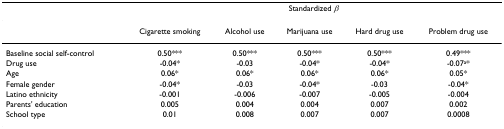
<table><thead><tr><td></td><td colspan="5"><b>Standardized <i>β</i></b></td></tr></thead><tbody><tr><td></td><td>Cigarette smoking</td><td>Alcohol use</td><td>Marijuana use</td><td>Hard drug use</td><td>Problem drug use</td></tr><tr><td>Baseline social self-control</td><td>0.50***</td><td>0.50***</td><td>0.50***</td><td>0.50***</td><td>0.49***</td></tr><tr><td>Drug use</td><td>-0.04*</td><td>-0.03</td><td>-0.04*</td><td>-0.04*</td><td>-0.07<sup>a</sup>*</td></tr><tr><td>Age</td><td>0.06*</td><td>0.06*</td><td>0.06*</td><td>0.06*</td><td>0.05*</td></tr><tr><td>Female gender</td><td>-0.04*</td><td>-0.03</td><td>-0.04*</td><td>-0.03</td><td>-0.04*</td></tr><tr><td>Latino ethnicity</td><td>-0.001</td><td>-0.006</td><td>-0.007</td><td>-0.005</td><td>-0.004</td></tr><tr><td>Parents&#x27; education</td><td>0.005</td><td>0.004</td><td>0.004</td><td>0.007</td><td>0.002</td></tr><tr><td>School type</td><td>0.01</td><td>0.008</td><td>0.007</td><td>0.007</td><td>0.0008</td></tr></tbody></table>